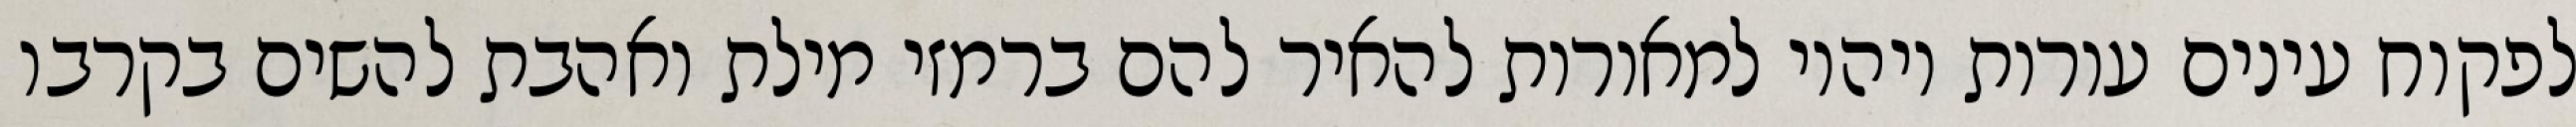
לפקוח עינים עורות ויהיו למאורות להאיר להם ברמזי מילת ואהבת להשים בקרבו